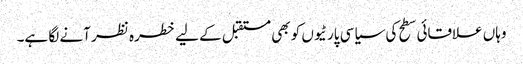
وہاں علاقائی سطح کی سیاسی پارٹیوں کو بھی مستقبل کے لیے خطرہ نظر آنے لگا ہے۔